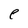
Character: e